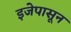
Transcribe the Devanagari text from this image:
इजेपासून